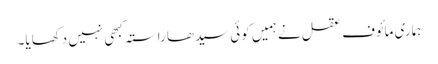
ہماری مائوف عقل نے ہمیں کوئی سیدھا راستہ کبھی نہیں دکھایا۔